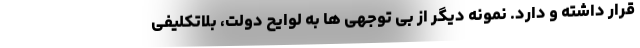
قرار داشته و دارد. نمونه دیگر از بی توجهی ها به لوایح دولت، بلاتکلیفی